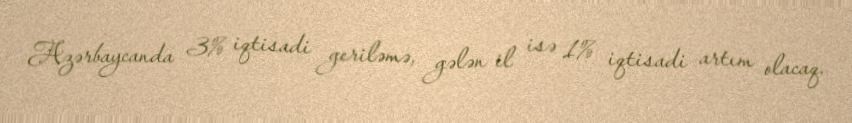
Azərbaycanda 3% iqtisadi geriləmə, gələn il isə 1% iqtisadi artım olacaq.